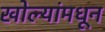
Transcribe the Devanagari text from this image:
खोल्यांमधून